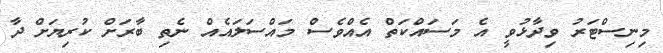
މިނިސްޓަރު ވިދާޅުވީ އެ މަސައްކަތް އެއްވެސް މައްސަލައެއް ނެތި ބާރަށް ކުރިޔަށް ދާ